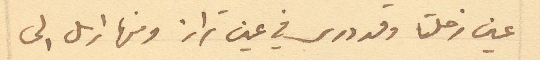
عين زحلتا وقد درس في عين تراز ومنها ارسل الى